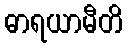
ဓာရယာမီတိ